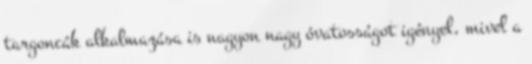
targoncák alkalmazása is nagyon nagy óvatosságot igényel, mivel a